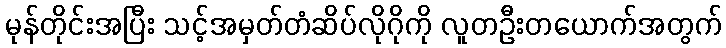
မုန်တိုင်းအပြီး သင့်အမှတ်တံဆိပ်လိုဂိုကို လူတဦးတယောက်အတွက်